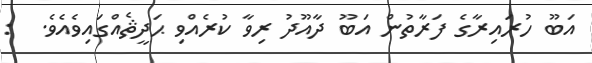
އަބޫ ހުރައިރާގެ ފަރާތުން އަބޫ ދާއޫދު ރިވާ ކުރެއްވި ޙަދީޘެއްގައިވެއެވެ.  :